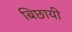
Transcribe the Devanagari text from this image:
बिछायी